Treatise on elephants
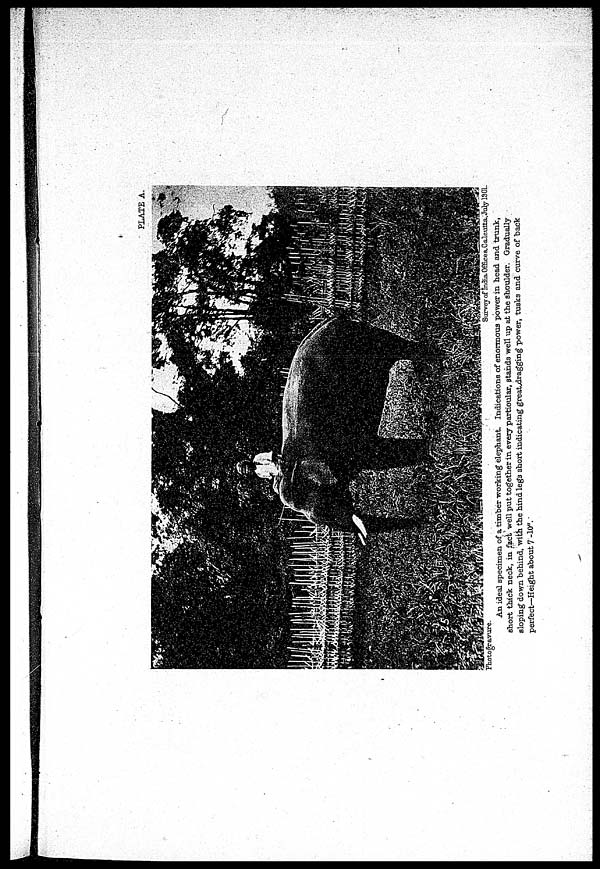
PLATE A.
Photogravure
Survey
of
India
Offices,
Calcutta,
July
1901.
An ideal specimen of a timber working elephant. Indications of enormous power in head and trunk,
short thick neck, in fact well put together in every particular, stands well up at the shoulder. Gradually
sloping down behind with the hind legs short indicating great dragging power, tusks and curve of back
perfect—Height
about
7
-10".